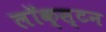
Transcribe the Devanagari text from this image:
लॉक्स्टन